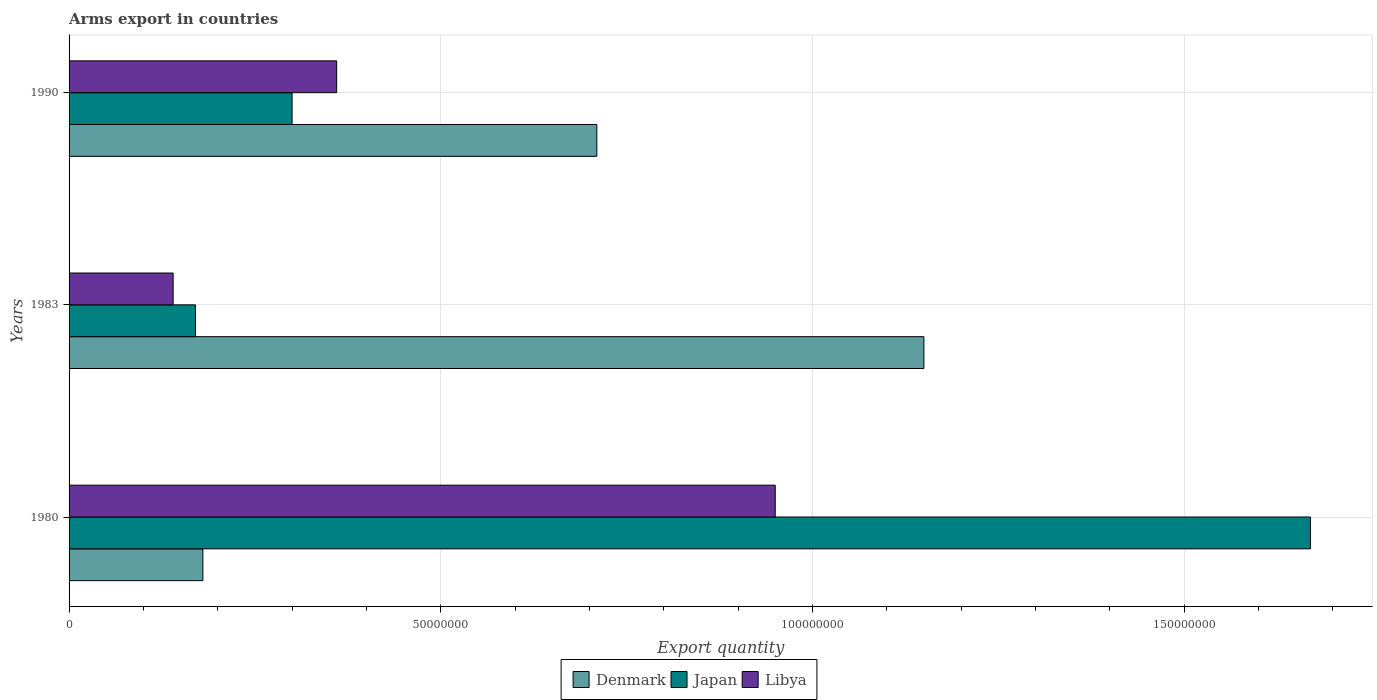
| Years | Denmark | Japan | Libya |
 | --- | --- | --- | --- |
 | 1980 | 1.8e+07 | 1.67e+08 | 9.5e+07 |
 | 1983 | 1.15e+08 | 1.7e+07 | 1.4e+07 |
 | 1990 | 7.1e+07 | 3e+07 | 3.6e+07 |